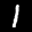
Label: 1